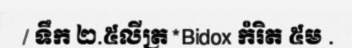
/ ទឹក ២.៥លីត្រ*Bidox កំរិត ៥ម .